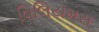
વિલિયમસ